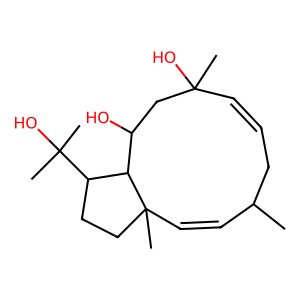
SMILES: CC1C=CC2(C)CCC(C(C)(C)O)C2C(O)CC(C)(O)C=CC1
Inhibits HIV replication: No